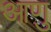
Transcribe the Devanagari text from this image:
आणु